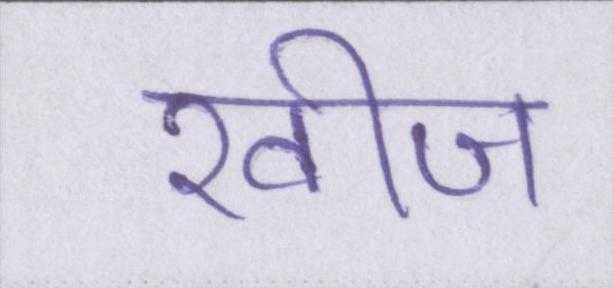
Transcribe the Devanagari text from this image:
खीज